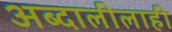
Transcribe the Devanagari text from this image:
अब्दालीलाही